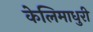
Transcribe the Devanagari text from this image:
केलिमाधुरी